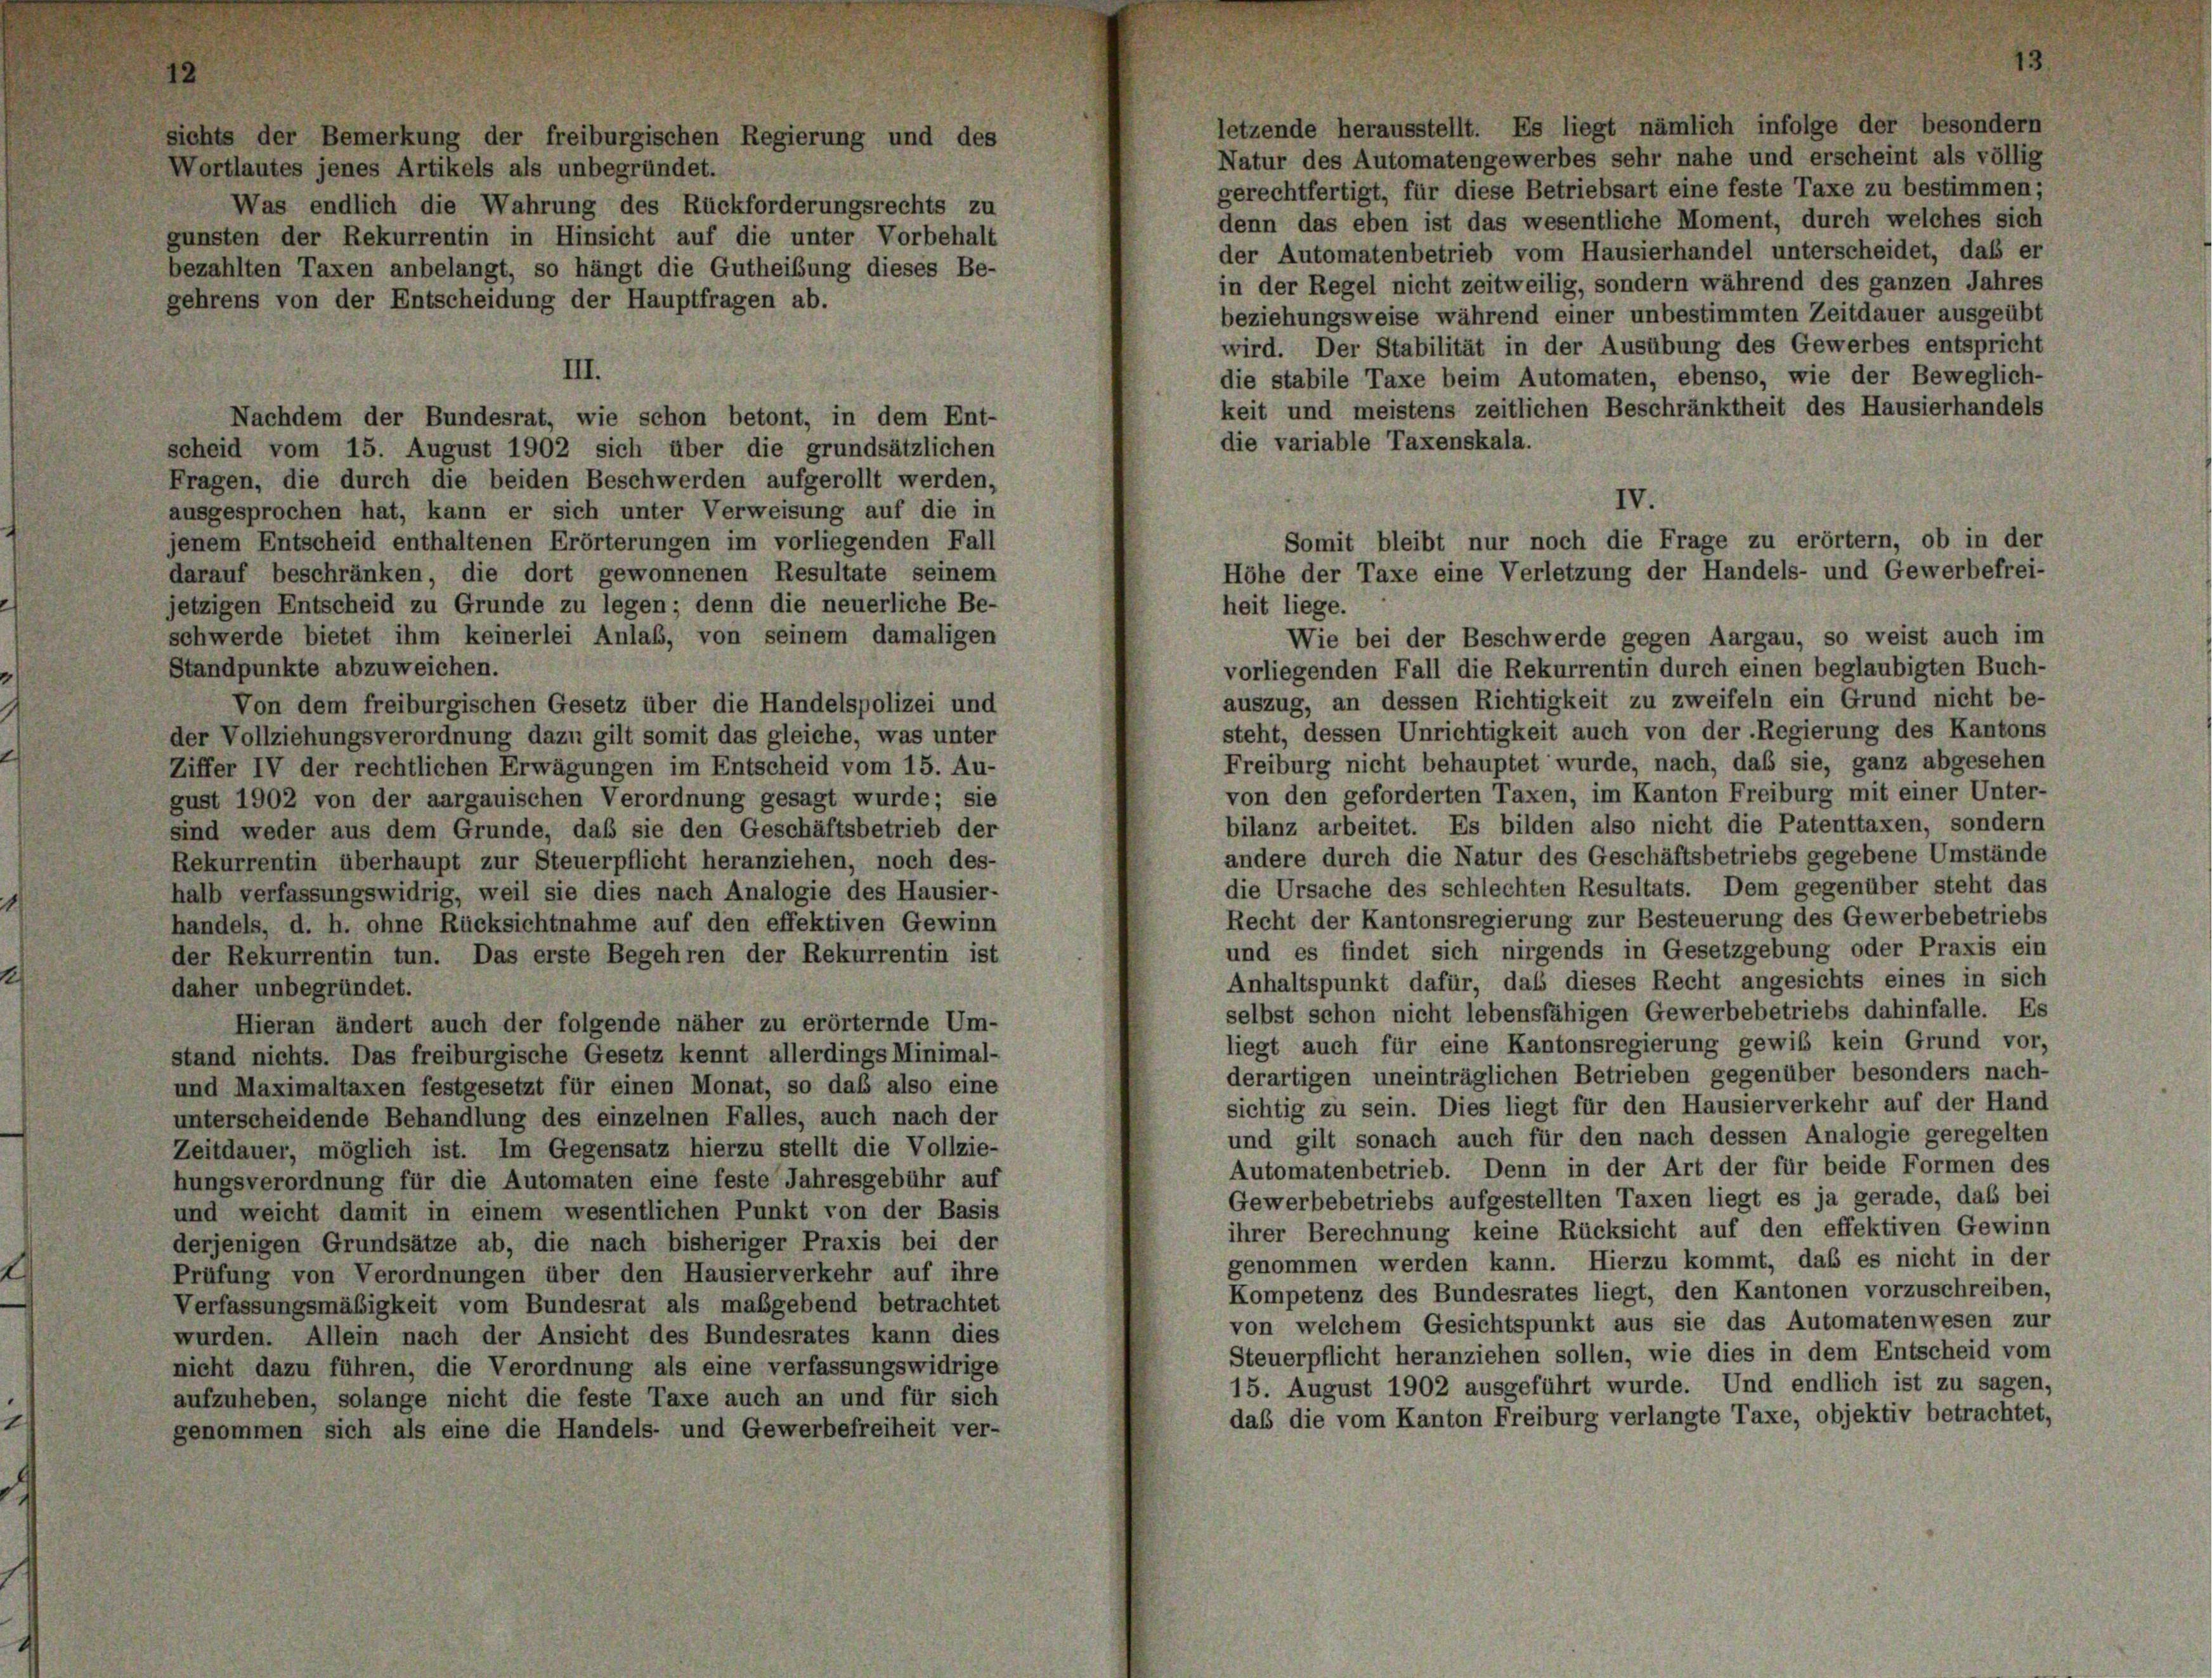
sichts der Bemerkung der freiburgischen Regierung und des

letzende herausstellt. Es liegt nämlich infolge der besondern
Natur des Automatengewerbes sehr nahe und erscheint als völlig
Wortlautes jenes Artikels als unbegründet.
gerechtfertigt, für diese Betriebsart eine feste Taxe zu bestimmen;
Was endlich die Wahrung des Rückforderungsrechts zu
denn das eben ist das wesentliche Moment, durch welches sich
gunsten der Rekurrentin in Hinsicht auf die unter Vorbehalt
der Automatenbetrieb vom Hausierhandel unterscheidet, daß er
bezahlten Taxen anbelangt, so hängt die Gutheilung dieses Be-
in der Regel nicht zeitweilig, sondern während des ganzen Jahres
gehrens von der Entscheidung der Hauptfragen ab.
beziehungsweise während einer unbestimmten Zeitdauer ausgeübt
wird. Der Stabilität in der Ausübung des Gewerbes entspricht
die stabile Taxe beim Automaten, ebenso, wie der Beweglich-
keit und meistens zeitlichen Beschränktheit des Hausierhandels
Nachdem der Bundesrat, wie schon betont, in dem Ent-
die variable Taxenskala.
scheid vom 15. August 1902 sich über die grundsätzlichen
Fragen, die durch die beiden Beschwerden aufgerollt werden,
ausgesprochen hat, kann er sich unter Verweisung auf die in
jenem Entscheid enthaltenen Erörterungen im vorliegenden Fall
darauf beschränken, die dort gewonnenen Resultate seinem
jetzigen Entscheid zu Grunde zu legen; denn die neuerliche Be-
schwerde bietet ihm keinerlei Anlaß, von seinem damaligen
Standpunkte abzuweichen.
vorliegenden Fall die Rekurrentin durch einen beglaubigten Buch-
auszug, an dessen Richtigkeit zu zweifeln ein Grund nicht be-
Von dem freiburgischen Gesetz über die Handelspolizei und
steht, dessen Unrichtigkeit auch von der Regierung des Kantons
der Vollziehungsverordnung dazu gilt somit das gleiche, was unter
Freiburg nicht behauptet wurde, nach, daß sie, ganz abgesehen
Ziffer IV der rechtlichen Erwägungen im Entscheid vom 15. Au-
von den geforderten Taxen, im Kanton Freiburg mit einer Unter-
gust 1902 von der aargauischen Verordnung gesagt wurde; sie
bilanz arbeitet. Es bilden also nicht die Patenttaxen, sondern
sind weder aus dem Grunde, daß sie den Geschäftsbetrieb der
andere durch die Natur des Geschäftsbetriebs gegebene Umstände
Rekurrentin überhaupt zur Steuerpflicht heranziehen, noch des-
die Ursache des schlechten Resultats. Dem gegenüber steht das
halb verfassungswidrig, weil sie dies nach Analogie des Hausier-
Recht der Kantonsregierung zur Besteuerung des Gewerbebetriebs
handels, d. h. ohne Rücksichtnahme auf den effektiven Gewinn
und es findet sich nirgends in Gesetzgebung oder Praxis ein
der Rekurrentin tun. Das erste Begehren der Rekurrentin ist
Anhaltspunkt dafür, daß dieses Recht angesichts eines in sich
daher unbegründet.
selbst schon nicht lebensfähigen Gewerbebetriebs dahinfalle. Es
Hieran ändert auch der folgende näher zu erörternde Um-
liegt auch für eine Kantonsregierung gewiß kein Grund vor,
stand nichts. Das freiburgische Gesetz kennt allerdings Minimal-
derartigen uneinträglichen Betrieben gegenüber besonders nach-
und Maximaltaxen festgesetzt für einen Monat, so das also eine
sichtig zu sein. Dies liegt für den Hausierverkehr auf der Hand
unterscheidende Behandlung des einzelnen Falles, auch nach der
und gilt sonach auch für den nach dessen Analogie geregelten
Zeitdauer, möglich ist. Im Gegensatz hierzu stellt die Vollzie-
Automatenbetrieb. Denn in der Art der für beide Formen des
hungsverordnung für die Automaten eine feste Jahresgebühr auf
Gewerbebetriebs aufgestellten Taxen liegt es ja gerade, daß bei
und weicht damit in einem wesentlichen Punkt von der Basis
ihrer Berechnung keine Rücksicht auf den effektiven Gewinn
derjenigen Grundsätze ab, die nach bisheriger Praxis bei der
genommen werden kann. Hierzu kommt, das es nicht in der
Prüfung von Verordnungen über den Hausierverkehr auf ihre
Kompetenz des Bundesrates liegt, den Kantonen vorzuschreiben,
Verfassungsmäßigkeit vom Bundesrat als maßgebend betrachtet
von welchem Gesichtspunkt aus sie das Automatenwesen zur
wurden. Allein nach der Ansicht des Bundesrates kann dies
Steuerpflicht heranziehen sollen, wie dies in dem Entscheid vom
nicht dazu führen, die Verordnung als eine verfassungswidrige
15. August 1902 ausgeführt wurde. Und endlich ist zu sagen,
aufzuheben, solange nicht die feste Taxe auch an und für sich
das die vom Kanton Freiburg verlangte Taxe, objektiv betrachtet,
genommen sich als eine die Handels- und Gewerbefreiheit ver-

III.

IV.
Somit bleibt nur noch die Frage zu erörtern, ob in der
Höhe der Taxe eine Verletzung der Handels- und Gewerbefrei-
heit liege.
Wie bei der Beschwerde gegen Aargau, so weist auch im

8